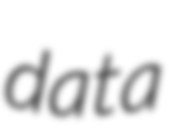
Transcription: data